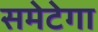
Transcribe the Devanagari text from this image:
समेटेगा